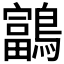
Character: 𪆠